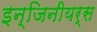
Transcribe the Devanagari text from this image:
इन्जिनीयर्स